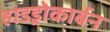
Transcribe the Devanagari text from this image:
हाडड्रोकार्बन